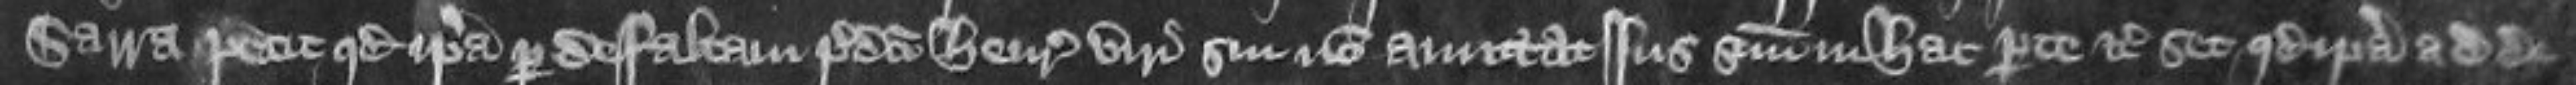
Sarra petit quod ipsa per defaltam predicti Henrici viri sui non amittat jus sum in hac parte etc set quod ipsa ad de